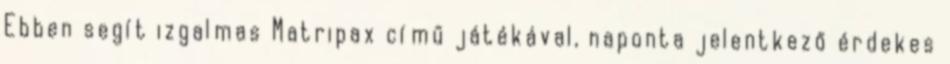
Ebben segít izgalmas Matripax című játékával, naponta jelentkező érdekes